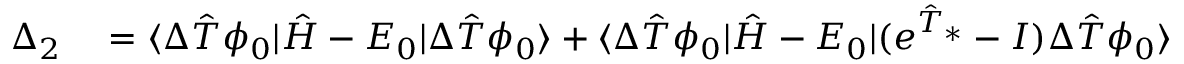
\begin{array} { r l } { \Delta _ { 2 } } & { { } = \langle \Delta \hat { T } \phi _ { 0 } | \hat { H } - E _ { 0 } | \Delta \hat { T } \phi _ { 0 } \rangle + \langle \Delta \hat { T } \phi _ { 0 } | \hat { H } - E _ { 0 } | ( e ^ { \hat { T } _ { * } } - I ) \Delta \hat { T } \phi _ { 0 } \rangle } \end{array}